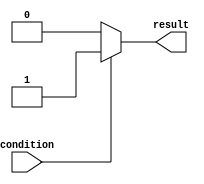
module continuous_assignment (
    input wire condition,
    output reg result
);

always @(*) begin
    if (condition) begin
        result = 1'b1;
    end else begin
        result = 1'b0;
    end
end

endmodule